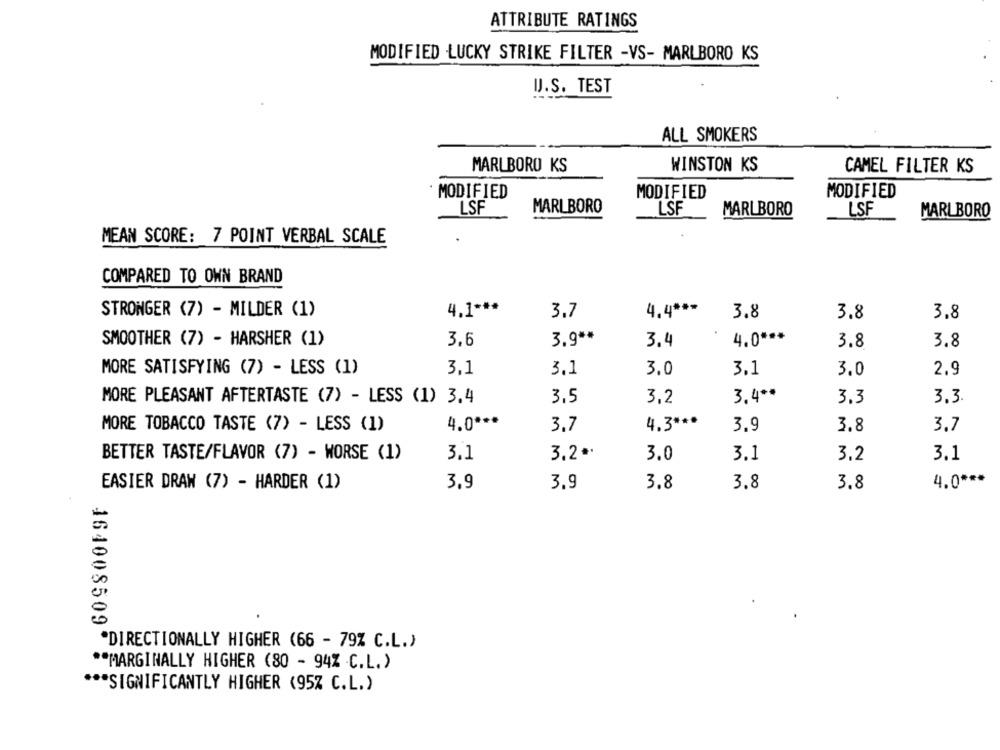
ATTRIBUTE RATINGS
MODIFIED LUCKY STRIKE FILTER -VS- MARLBORO KS
U.S. TEST
ALL SMOKERS
MARLBORO KS
WINSTON KS
CAMEL FILTER KS
MODIFIED
MODIFIED
MODIFIED
LSF
MARLBORO
LSF
MARLBORO
LSF
MARLBORO
MEAN SCORE: 7 POINT VERBAL SCALE
COMPARED TO OWN BRAND
STRONGER (7) - MILDER (1)
4.1 ***
3.7
4.4 ***
3.8
3.8
3.8
SMOOTHER (7) - HARSHER (1)
3.6
3.9 **
3.4
4.0 ***
3.8
3.8
MORE SATISFYING (7) - LESS (1)
3,1
3.1
3.0
3.1
3.0
2.9
3,40
3.3
MORE PLEASANT AFTERTASTE (7) - LESS (1) 3.4
3.5
3,2
3.3
MORE TOBACCO TASTE (7) - LESS (1)
4.0 ***
3.7
4.3 ***
3.9
3.7
3.8
BETTER TASTE/FLAVOR (7) - WORSE (1)
3.1
3.2*
3.0
3.1
3.2
3.1
4.0 ***
EASIER DRAW (7) - HARDER (1)
3,9
3.9
3.8
3.8
3.8
164008509
*DIRECTIONALLY HIGHER (66 - 79% C.L.)
** MARGINALLY HIGHER (80 - 94% .C.L. )
*** SIGNIFICANTLY HIGHER (95% C.L.)